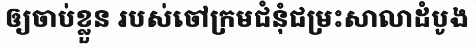
ឲ្យចាប់ខ្លួន របស់ចៅក្រមជំនុំជម្រះសាលាដំបូង